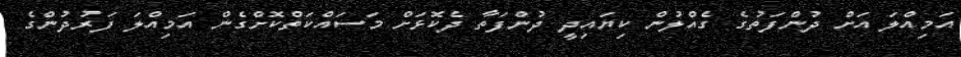
އަމިއްލަ އަށް ދުންފަތުގެ ގެއްލުން ކިޔައިދީ ދުންފަތާ ދެކޮޅަށް މަސައްކަތްކޮށްގެން އަމިއްލަ ފަރުދުންގެ